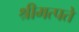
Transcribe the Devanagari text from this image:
श्रीमत्पते